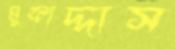
মুকাদ্দাস